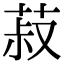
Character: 菽